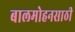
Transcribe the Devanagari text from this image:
बालमोहनसाठी